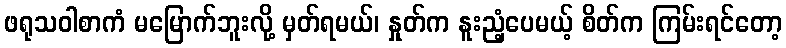
ဖရုသဝါစာကံ မမြောက်ဘူးလို့ မှတ်ရမယ်၊ နှုတ်က နူးညံ့ပေမယ့် စိတ်က ကြမ်းရင်တော့